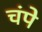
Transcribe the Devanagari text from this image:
चंपे